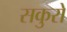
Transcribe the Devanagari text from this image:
सकुरो